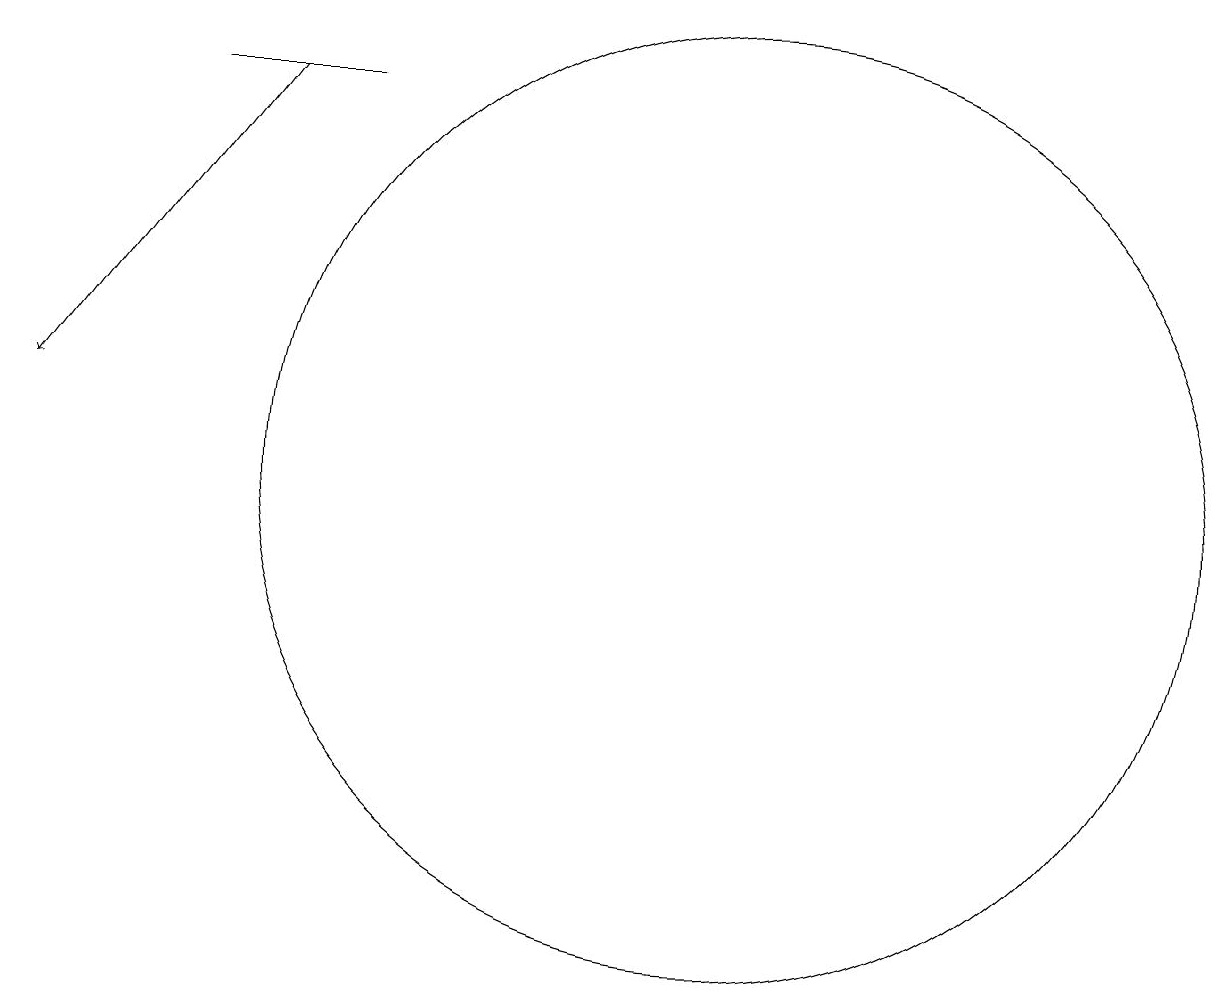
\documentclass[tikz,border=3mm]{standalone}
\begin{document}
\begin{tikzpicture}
\draw[->] (4,15) -- (1,11);
\draw (5,15) rectangle (3,15);
\draw (10,10) circle (6);
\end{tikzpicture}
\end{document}